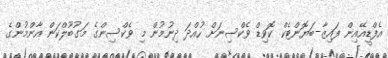
އެފްޑީއޭއިން ފައިޒާ-ބަޔޮންޓެކް ކޮވިޑް ވެކްސިނަށް ހުއްދަ ދިނުމުން މި ވެކްސިންގެ މަގުބޫލްކަން އާންމުންގެ